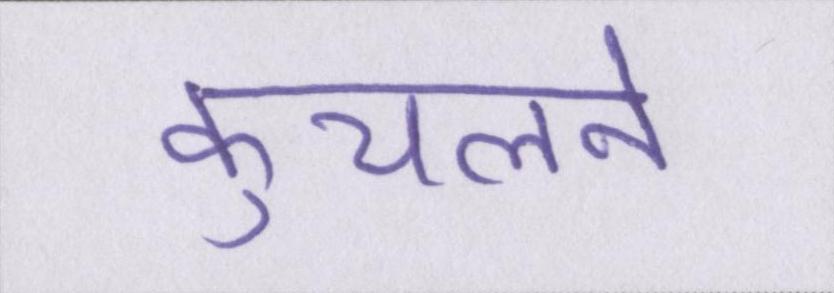
कुचलने